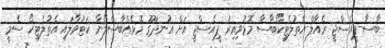
ބާސާ-ޕީއެސްޖީ ރެއާލް-އެތުލެޓިކޯބާސާ މޮޅުވިއިރު ޕީއެސްޖީ އަށް އުނދަގޫ މޮޅެއްބާސެލޯނާ ކަޓުވާލައި އެތުލެޓިކޯ ސެމީ